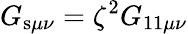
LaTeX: G_{\mathrm{s}\mu\nu}=\zeta^{2}G_{\mathrm{11}\mu\nu}